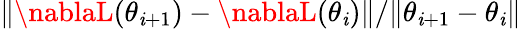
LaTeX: \| \nablaL(\theta_{\mathit{i}+1})-\nablaL(\theta_{\mathit{i}})\| /\| \theta_{\mathit{i}+1}-\theta_{\mathit{i}}\|